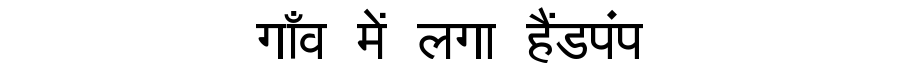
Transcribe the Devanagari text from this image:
गाँव में लगा हैंडपंप